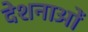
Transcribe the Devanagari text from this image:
देशनाओं